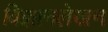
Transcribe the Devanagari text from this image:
विज्ञानलेखन